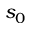
s _ { 0 }